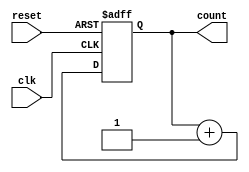
module synchronous_counter(
    input wire clk,
    input wire reset,
    output reg [3:0] count
);

    always @(posedge clk or posedge reset) begin
        if (reset) begin
            count <= 4'b0000; // Initialize counter to 0
        end else begin
            count <= count + 1; // Increment counter on each clock cycle
        end
    end

endmodule